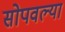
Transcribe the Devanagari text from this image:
सोपवल्या